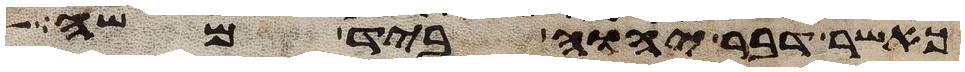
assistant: כאשר דבר יהוה ביד משה